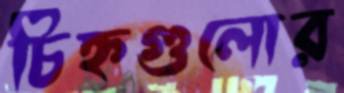
চিহ্নগুলোর